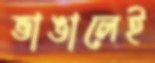
ভাঙালেই